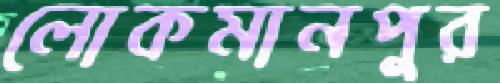
লোকমানপুর